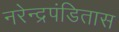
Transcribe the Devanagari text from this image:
नरेन्द्रपंडितास